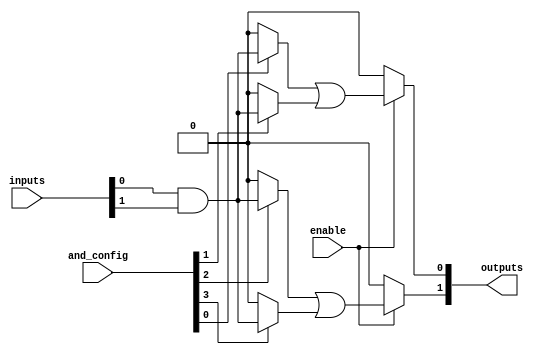
module jewel_pal (
    input wire [N-1:0] inputs,      // N input signals
    input wire [M-1:0] and_config,   // Configuration for AND gates (M bits)
    input wire enable,                // Enable signal
    output wire [P-1:0] outputs       // P output signals
);

// Parameters
parameter N = 4; // Number of inputs
parameter M = 4; // Number of AND gates
parameter P = 2; // Number of OR outputs

// Internal wires for AND gate outputs
wire [M-1:0] and_outputs;

// Programmable AND array
genvar i;
generate
    for (i = 0; i < M; i = i + 1) begin : and_array
        assign and_outputs[i] = (and_config[i] == 1'b1) ? 
            (inputs[0] & inputs[1]) : 1'b0; // Example: AND of first two inputs
    end
endgenerate

// Fixed OR array
assign outputs[0] = enable ? (and_outputs[0] | and_outputs[1]) : 1'b0; // OR of first two AND outputs
assign outputs[1] = enable ? (and_outputs[2] | and_outputs[3]) : 1'b0; // OR of last two AND outputs

endmodule